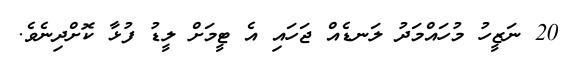
20 ނަޒީހު މުހައްމަދު ލަނޑެއް ޖަހައި އެ ޓީމަށް ލީޑު ފުޅާ ކޮށްދިނެވެ.